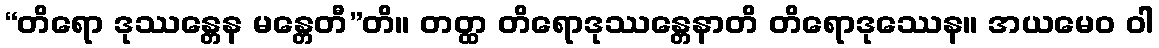
“တိရော ဒုဿန္တေန မန္တေတီ”တိ။ တတ္ထ တိရောဒုဿန္တေနာတိ တိရောဒုဿေန။ အယမေဝ ဝါ